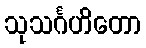
သုသင်္ဂဟိတော